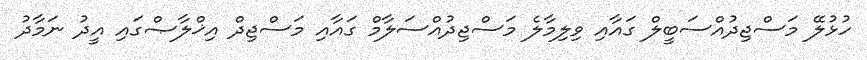
ހުޅުލޭ މަސްޖިދުއްސަބީލް ގައާއި ވިލިމާލެ މަސްޖިދުއްސަލާމް ގައާއި މަސްޖިދް އިޚްލާޞްގައި އީދު ނަމާދު